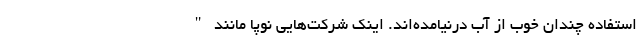
استفاده چندان خوب از آب درنیامده‌اند. اینک شرکت‌هایی نوپا مانند "